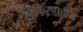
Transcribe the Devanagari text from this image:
विकिरणहीन